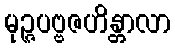
မုဉ္ဇပဗ္ဗဇဟိန္တာလာ